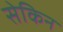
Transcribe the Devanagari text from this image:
सेकिन